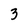
Character: 3